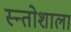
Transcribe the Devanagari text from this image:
स्न्तोशाला